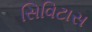
સિવિટાસ